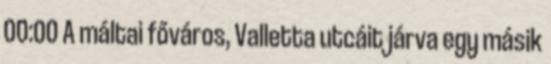
00:00 A máltai főváros, Valletta utcáit járva egy másik